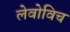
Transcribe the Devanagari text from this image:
लेवोविच